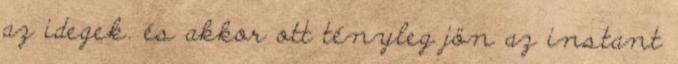
az idegek. és akkor ott tényleg jön az instant